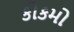
કોકમો